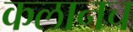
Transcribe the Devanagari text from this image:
कलानच